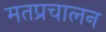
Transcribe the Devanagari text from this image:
मतप्रचालन